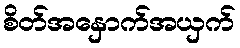
စိတ်အနှောက်အယှက်